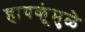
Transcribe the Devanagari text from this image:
हायकूंमुळे